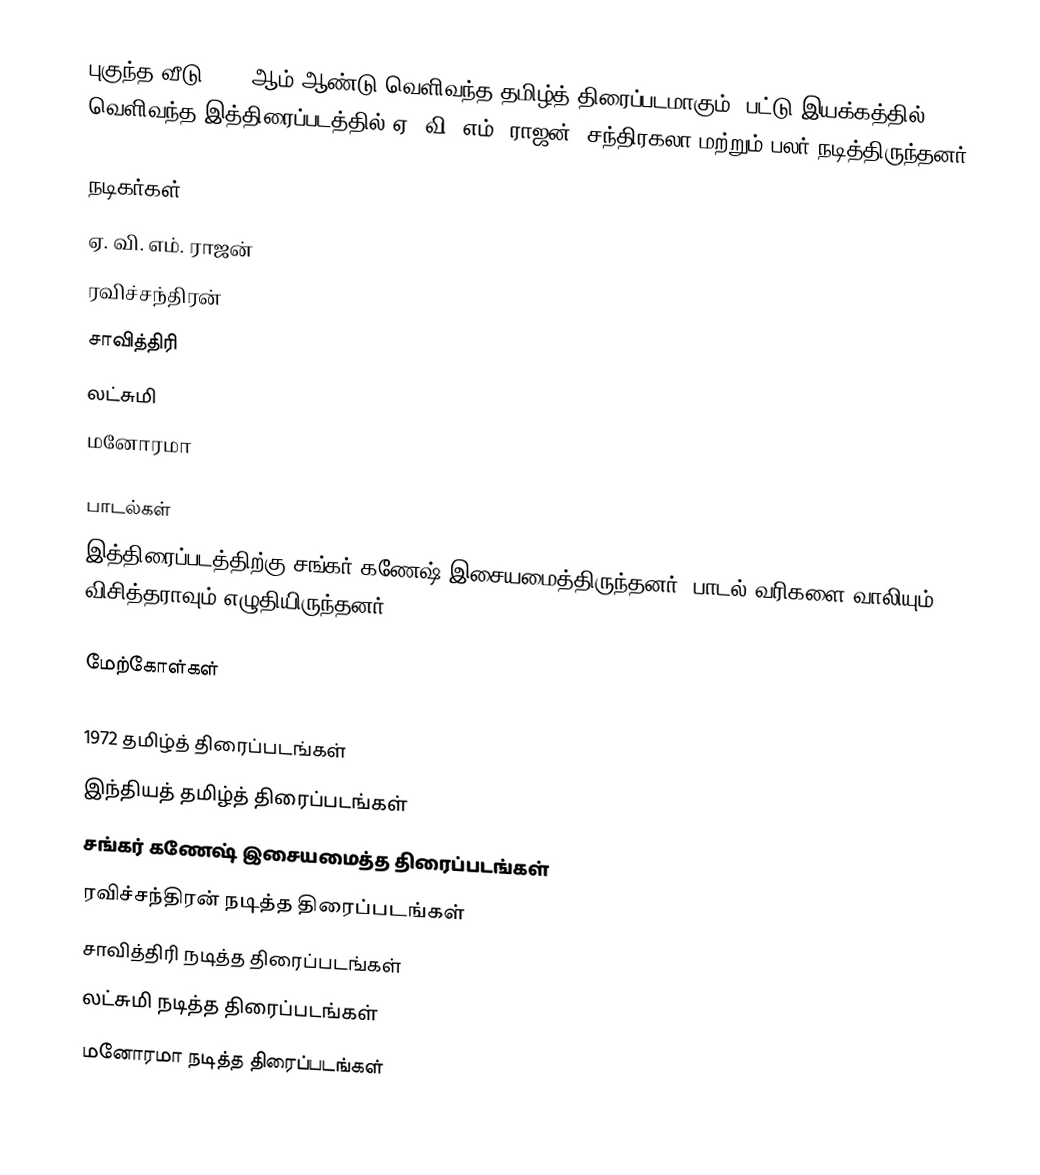
புகுந்த வீடு 1972-ஆம் ஆண்டு வெளிவந்த தமிழ்த் திரைப்படமாகும். பட்டு இயக்கத்தில் வெளிவந்த இத்திரைப்படத்தில் ஏ. வி. எம். ராஜன், சந்திரகலா மற்றும் பலர் நடித்திருந்தனர்.

நடிகர்கள்
 ஏ. வி. எம். ராஜன்
 ரவிச்சந்திரன்
 சாவித்திரி
 லட்சுமி
 மனோரமா

பாடல்கள்
இத்திரைப்படத்திற்கு சங்கர் கணேஷ் இசையமைத்திருந்தனர். பாடல் வரிகளை வாலியும் விசித்தராவும் எழுதியிருந்தனர்.

மேற்கோள்கள்

1972 தமிழ்த் திரைப்படங்கள்
இந்தியத் தமிழ்த் திரைப்படங்கள்
சங்கர் கணேஷ் இசையமைத்த திரைப்படங்கள்
ரவிச்சந்திரன் நடித்த திரைப்படங்கள்
சாவித்திரி நடித்த திரைப்படங்கள்
லட்சுமி நடித்த திரைப்படங்கள்
மனோரமா நடித்த திரைப்படங்கள்